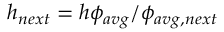
h _ { n e x t } = h \phi _ { a v g } / \phi _ { a v g , n e x t }